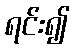
ရင်း၍